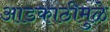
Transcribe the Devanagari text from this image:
आडकाठीमुळे